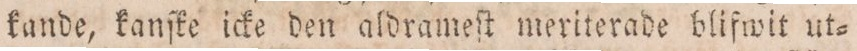
kande, kanſke icke den aldrameſt meriterade blifwit ut=